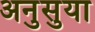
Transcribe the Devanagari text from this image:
अनुसुया